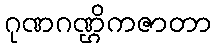
ဂုဏဂဏ္ဌိကဇာတာ